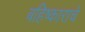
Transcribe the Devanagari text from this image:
बहिष्काराचे